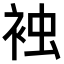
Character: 𧙽